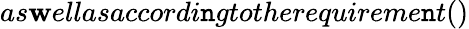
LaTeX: as\mathbf{w}ellasaccordi\mathtt{n}gtotherequireme\mathtt{n}t()